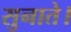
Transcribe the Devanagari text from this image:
सुनाते।